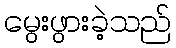
မွေးဖွားခဲ့သည်